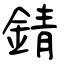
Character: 錆